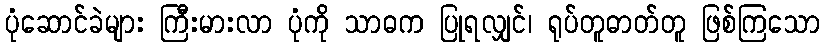
ပုံဆောင်ခဲများ ကြီးမားလာ ပုံကို သာဓက ပြုရလျှင်၊ ရုပ်တူဓာတ်တူ ဖြစ်ကြသော